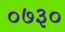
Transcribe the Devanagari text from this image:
०७३०